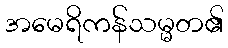
အမေရိကန်သမ္မတ၏